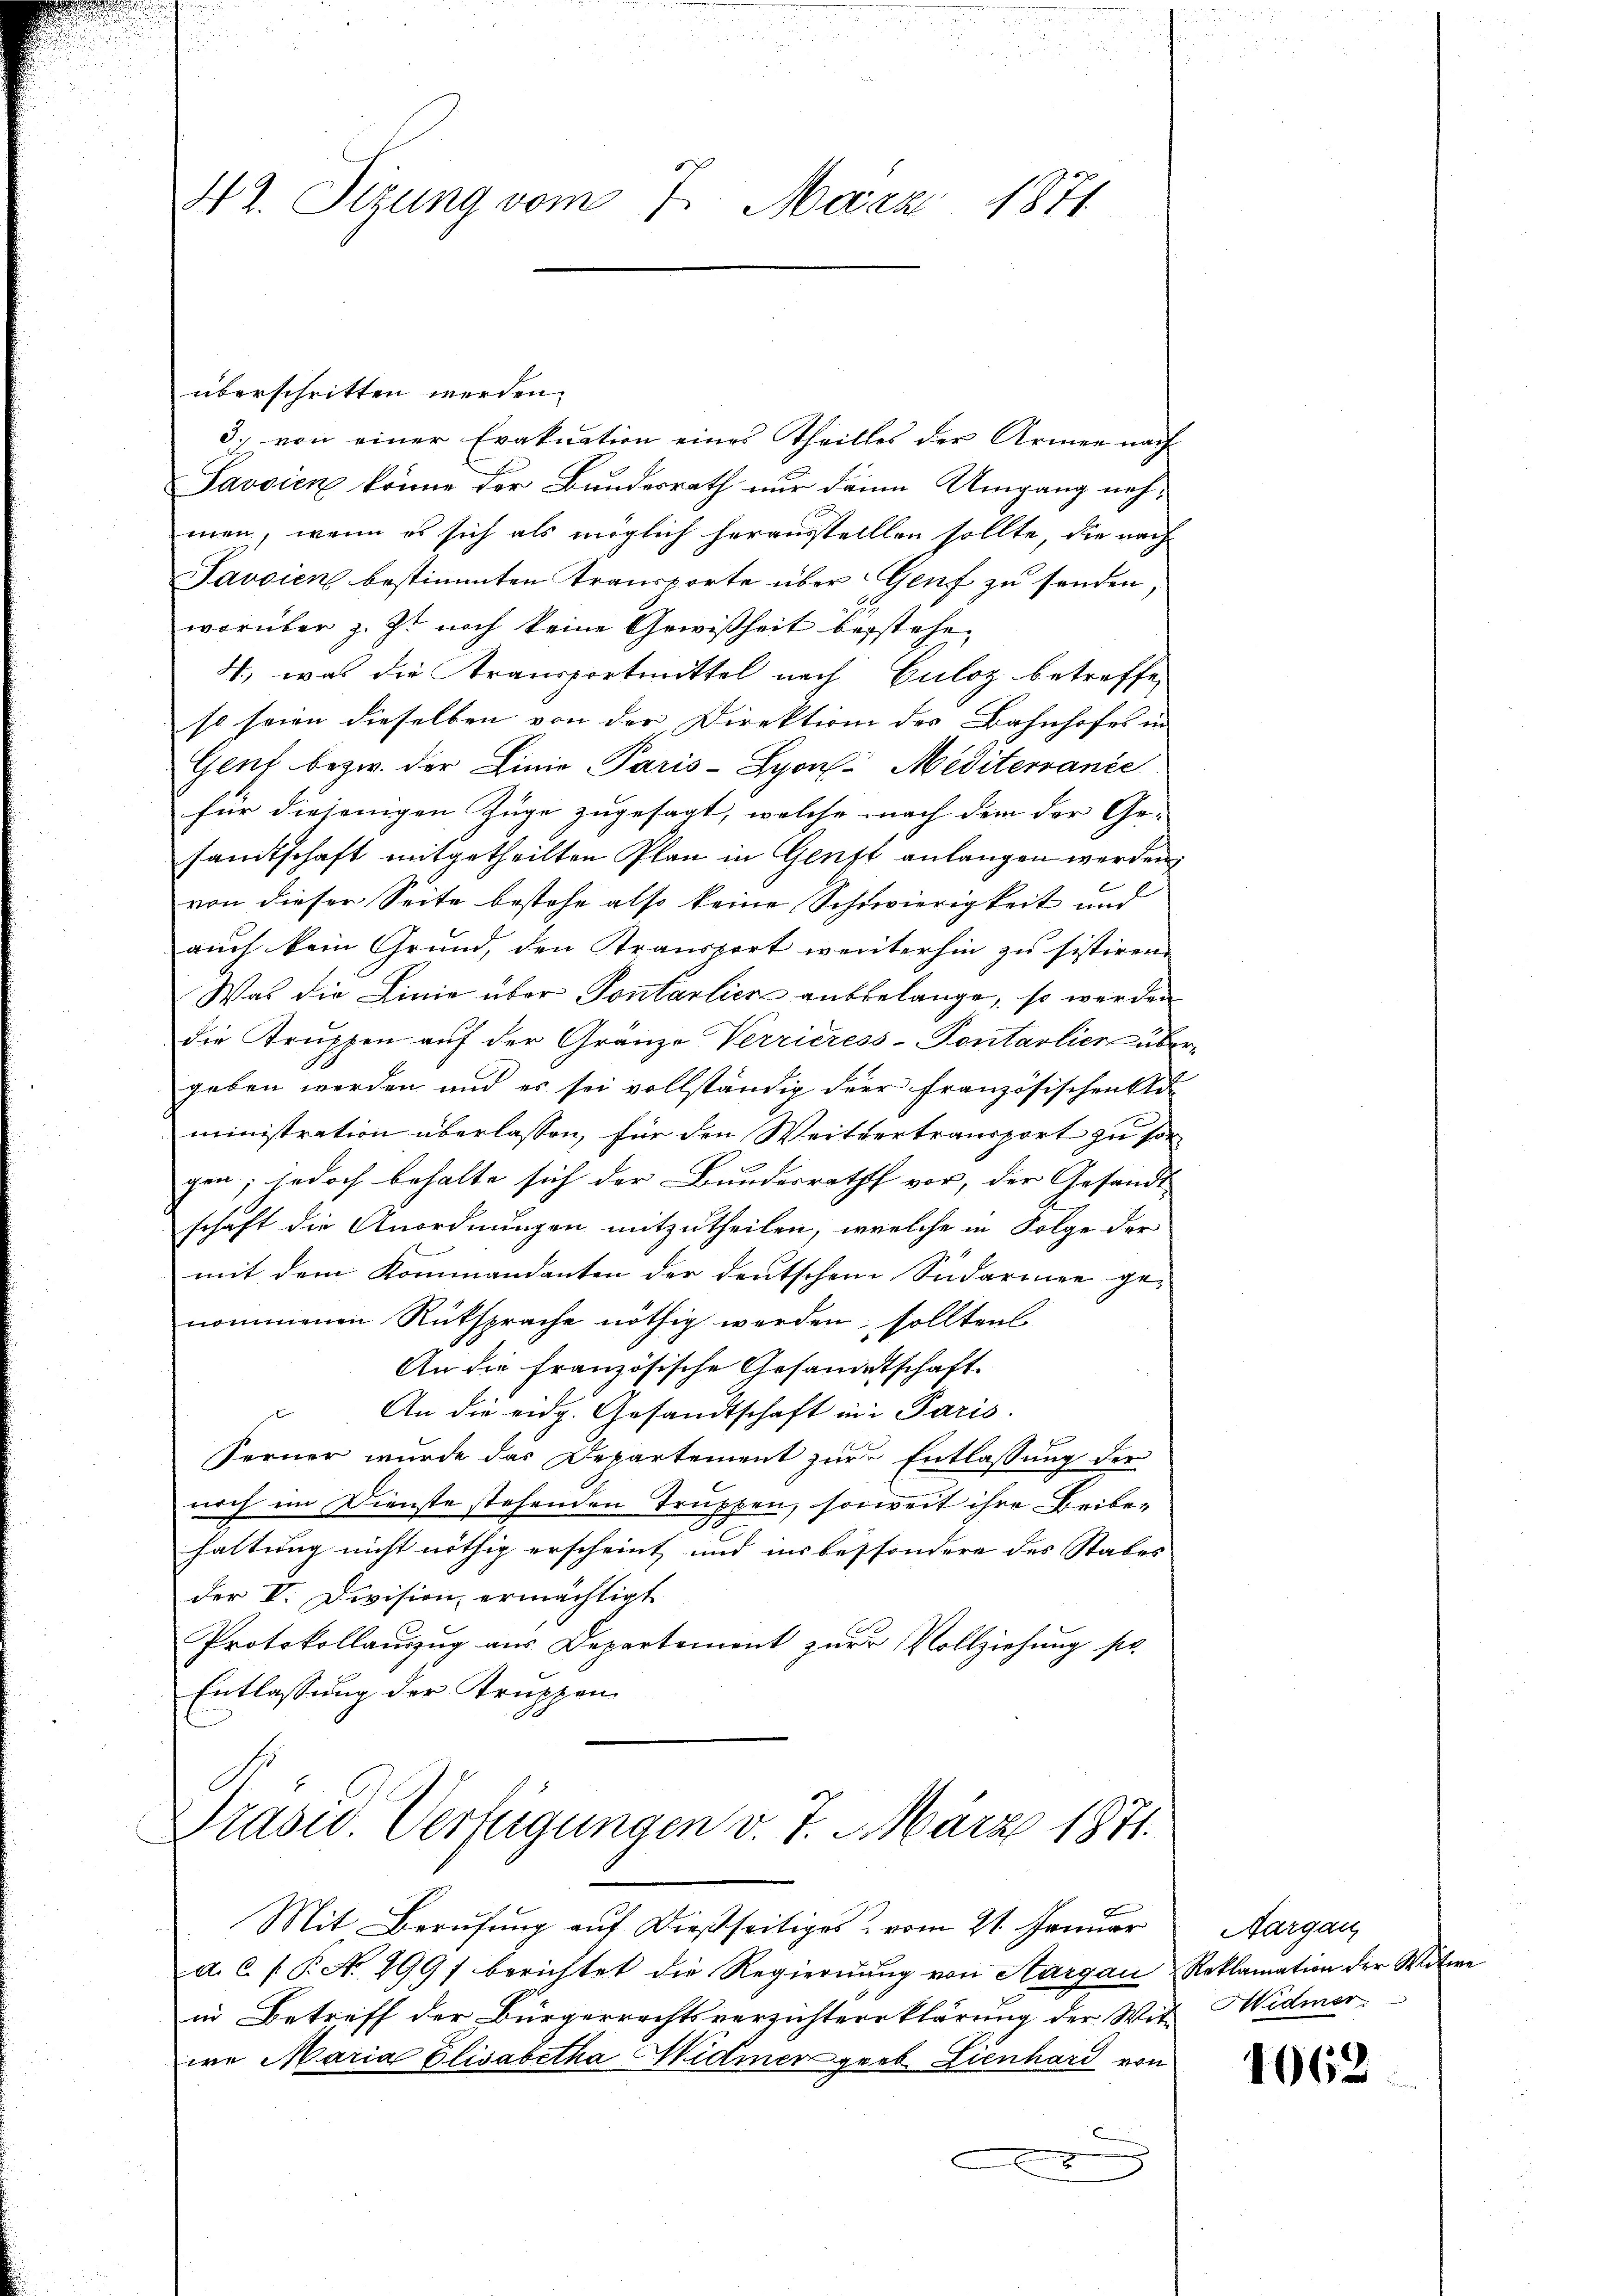
42. Sizung vom 7. März 1871.

3. von einer Evakuation eines Theilles der Armen nach
Savsien könne der Bundesrath nur dann Umgang nehmen, wenn es sich als möglich herausstelllen sollte, die nach
Javoien bestimmten Transporte über Genf zu senden
worüber z. Zt. noch keine Gewißheit bestehe¬
4., was die Transportmittel nach Culoz betreffe,
so seien dieselben von der Direktion der Bahnhofes in |
Genf bezw. der Linie Paris - Lyon Meditervanić
für diejenigen Züge zugesagt, welche nach dem der Ge-
samtschaft mitgetheilten Plan in Genft anlangen werden,
von dieser Seite bestehe also keine Schwierigkeit und
auch kein Grund, den Stransport weiterhin zu sistiren.
Was die Linie über Pontarlier anbelange, so werden
die Truppen auf der Gränze Verrieress-Pontarlier übergeben werden und es sei vollständig der französischen Ge-
ministration überlassen, für den Weitvertransport zu sorgen; jedoch behalte sich der Bundesrath vor, der Gesandt-
schaft die Anordnungen mitzutheilen, welche in Folge der
mit dem Kommandanten der deutschen Sudarinen ge-
nommenen Rüksprache nöthig werden, sollten
An die französische Gesandtschaft
An die eidg. Gesandtschaft in Paris.
Ferner wurde das Departement zur Entlassung der
noch im Dienste stehenden Truppen, soweit ihre Beibe-
haltung nicht nöthig erscheint und ins besondere des Stabes |
der V. Division, ermächtigt
Protokollauszug aus Departement zur Vollziehung sic
Entlassung der Truppen

überschritten werden.

Präsid. Verfügungen v. 7. März 1871.

Mit Berufung auf dießseitiges vom 21. Januar
a. 6 f. P. No. 2997 berichtet die Regierŭng von Aargau, Reklamation der Witwe
in Betreff der Bürgerrechtsverzichters klärung der Wit Hidmer
we Maria Elisabetha Widmen geeb. Lienhard von

Aargau

1062